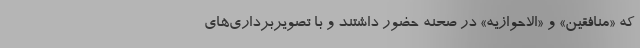
که «منافقین» و «الاحوازیه» در صحنه حضور داشتند و با تصویربرداری‌های